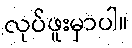
လုပ်ဖူးမှာပါ။